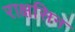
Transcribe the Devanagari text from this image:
राक्षसिन